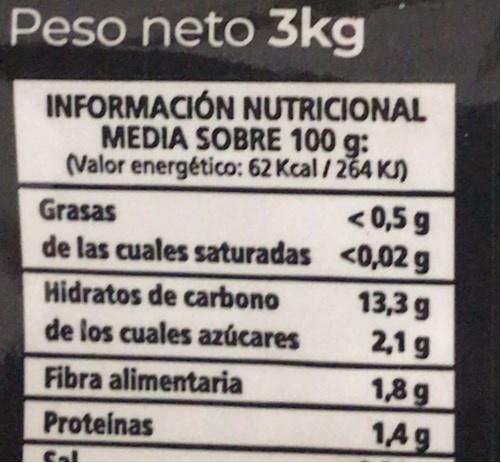
Peso neto 3kg
INFORMACIÓN NUTRICIONAL MEDIA SOBRE 100 g: (Valor energético: 62 Kcal / 264 K)
< 0,5 g de las cuales saturadas <0,02 g
Grasas
Hidratos de carbono
13,3 g 2,1 g
de los cuales azúcares
1,8 g 14g
Fibra alimentaria
Proteinas
Sal